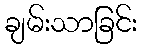
ချမ်းသာခြင်း